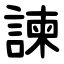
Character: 諫